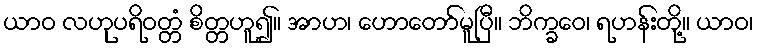
ယာဝ လဟုပရိဝတ္တံ စိတ္တဟူ၍။ အာဟ၊ ဟောတော်မူပြီ။ ဘိက္ခဝေ၊ ရဟန်းတို့။ ယာဝ၊